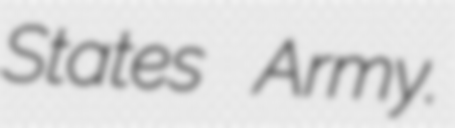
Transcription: States Army.